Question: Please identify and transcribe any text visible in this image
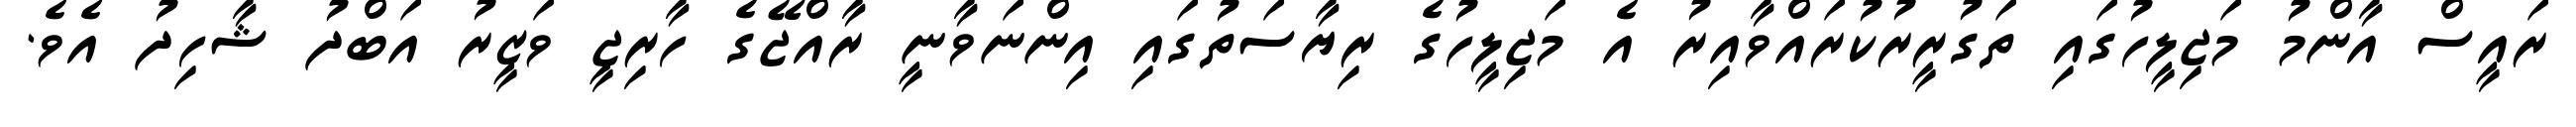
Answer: ރައީސް އާންމު މަޖިލީހުގައި ތަގުރީރުކުރައްވާއިރު އެ މަޖިލީހުގެ ރިޔާސަތުގައި އިންނަވާނީ ރާއްޖޭގެ ހާރިޖީ ވަޒީރު އަބްދު ޝާހިދު އެވެ.